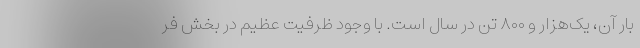
بار آن، یک‌هزار و ۸۰۰ تن در سال است. با وجود ظرفیت عظیم در بخش فر